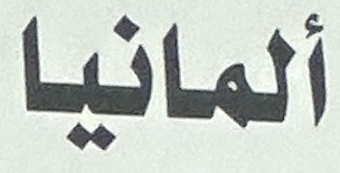
ألمانيا